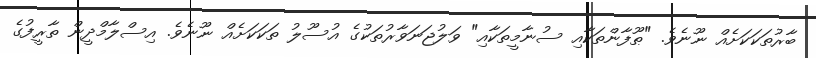
ބާރުތަކަކަށެއް ނޫނެވެ. "ޠޫފާންތަކާއި ސުނާމީތަކާއި" ވަލުޖަނަވާރުތަކުގެ އުސޫލު ތަކަކަށެއް ނޫނެވެ. އިސްލާމްދީން ތާރީފުގެ